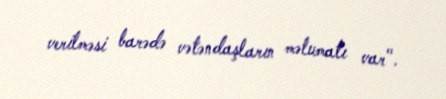
verilməsi barədə vətəndaşların məlumatı var".